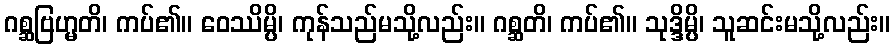
ဂစ္ဆဗြဟ္မတိ၊ ကပ်၏။ ဝေဿိမ္ပိ၊ ကုန်သည်မသို့လည်း။ ဂစ္ဆတိ၊ ကပ်၏။ သုဒ္ဒိမ္ပိ၊ သူဆင်းမသို့လည်း။